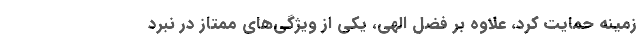
زمینه حمایت کرد، علاوه بر فضل الهی، یکی از ویژگی‌های ممتاز در نبرد